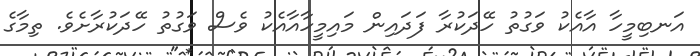
އަނބިމީހާ އާއެކު ވަގުތު ހޭދަކުރާ ފަދައިން މައިމީހާއާއެކު ވެސް ވަގުތު ހޭދަކުރާށެވެ. ތިމާގެ